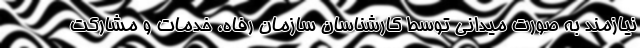
نیازمند به صورت میدانی توسط کارشناسان سازمان رفاه، خدمات و مشارکت